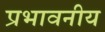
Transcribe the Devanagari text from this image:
प्रभावनीय